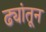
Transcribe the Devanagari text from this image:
ढ्यांतून